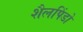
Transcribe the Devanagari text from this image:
शैलपिंडों